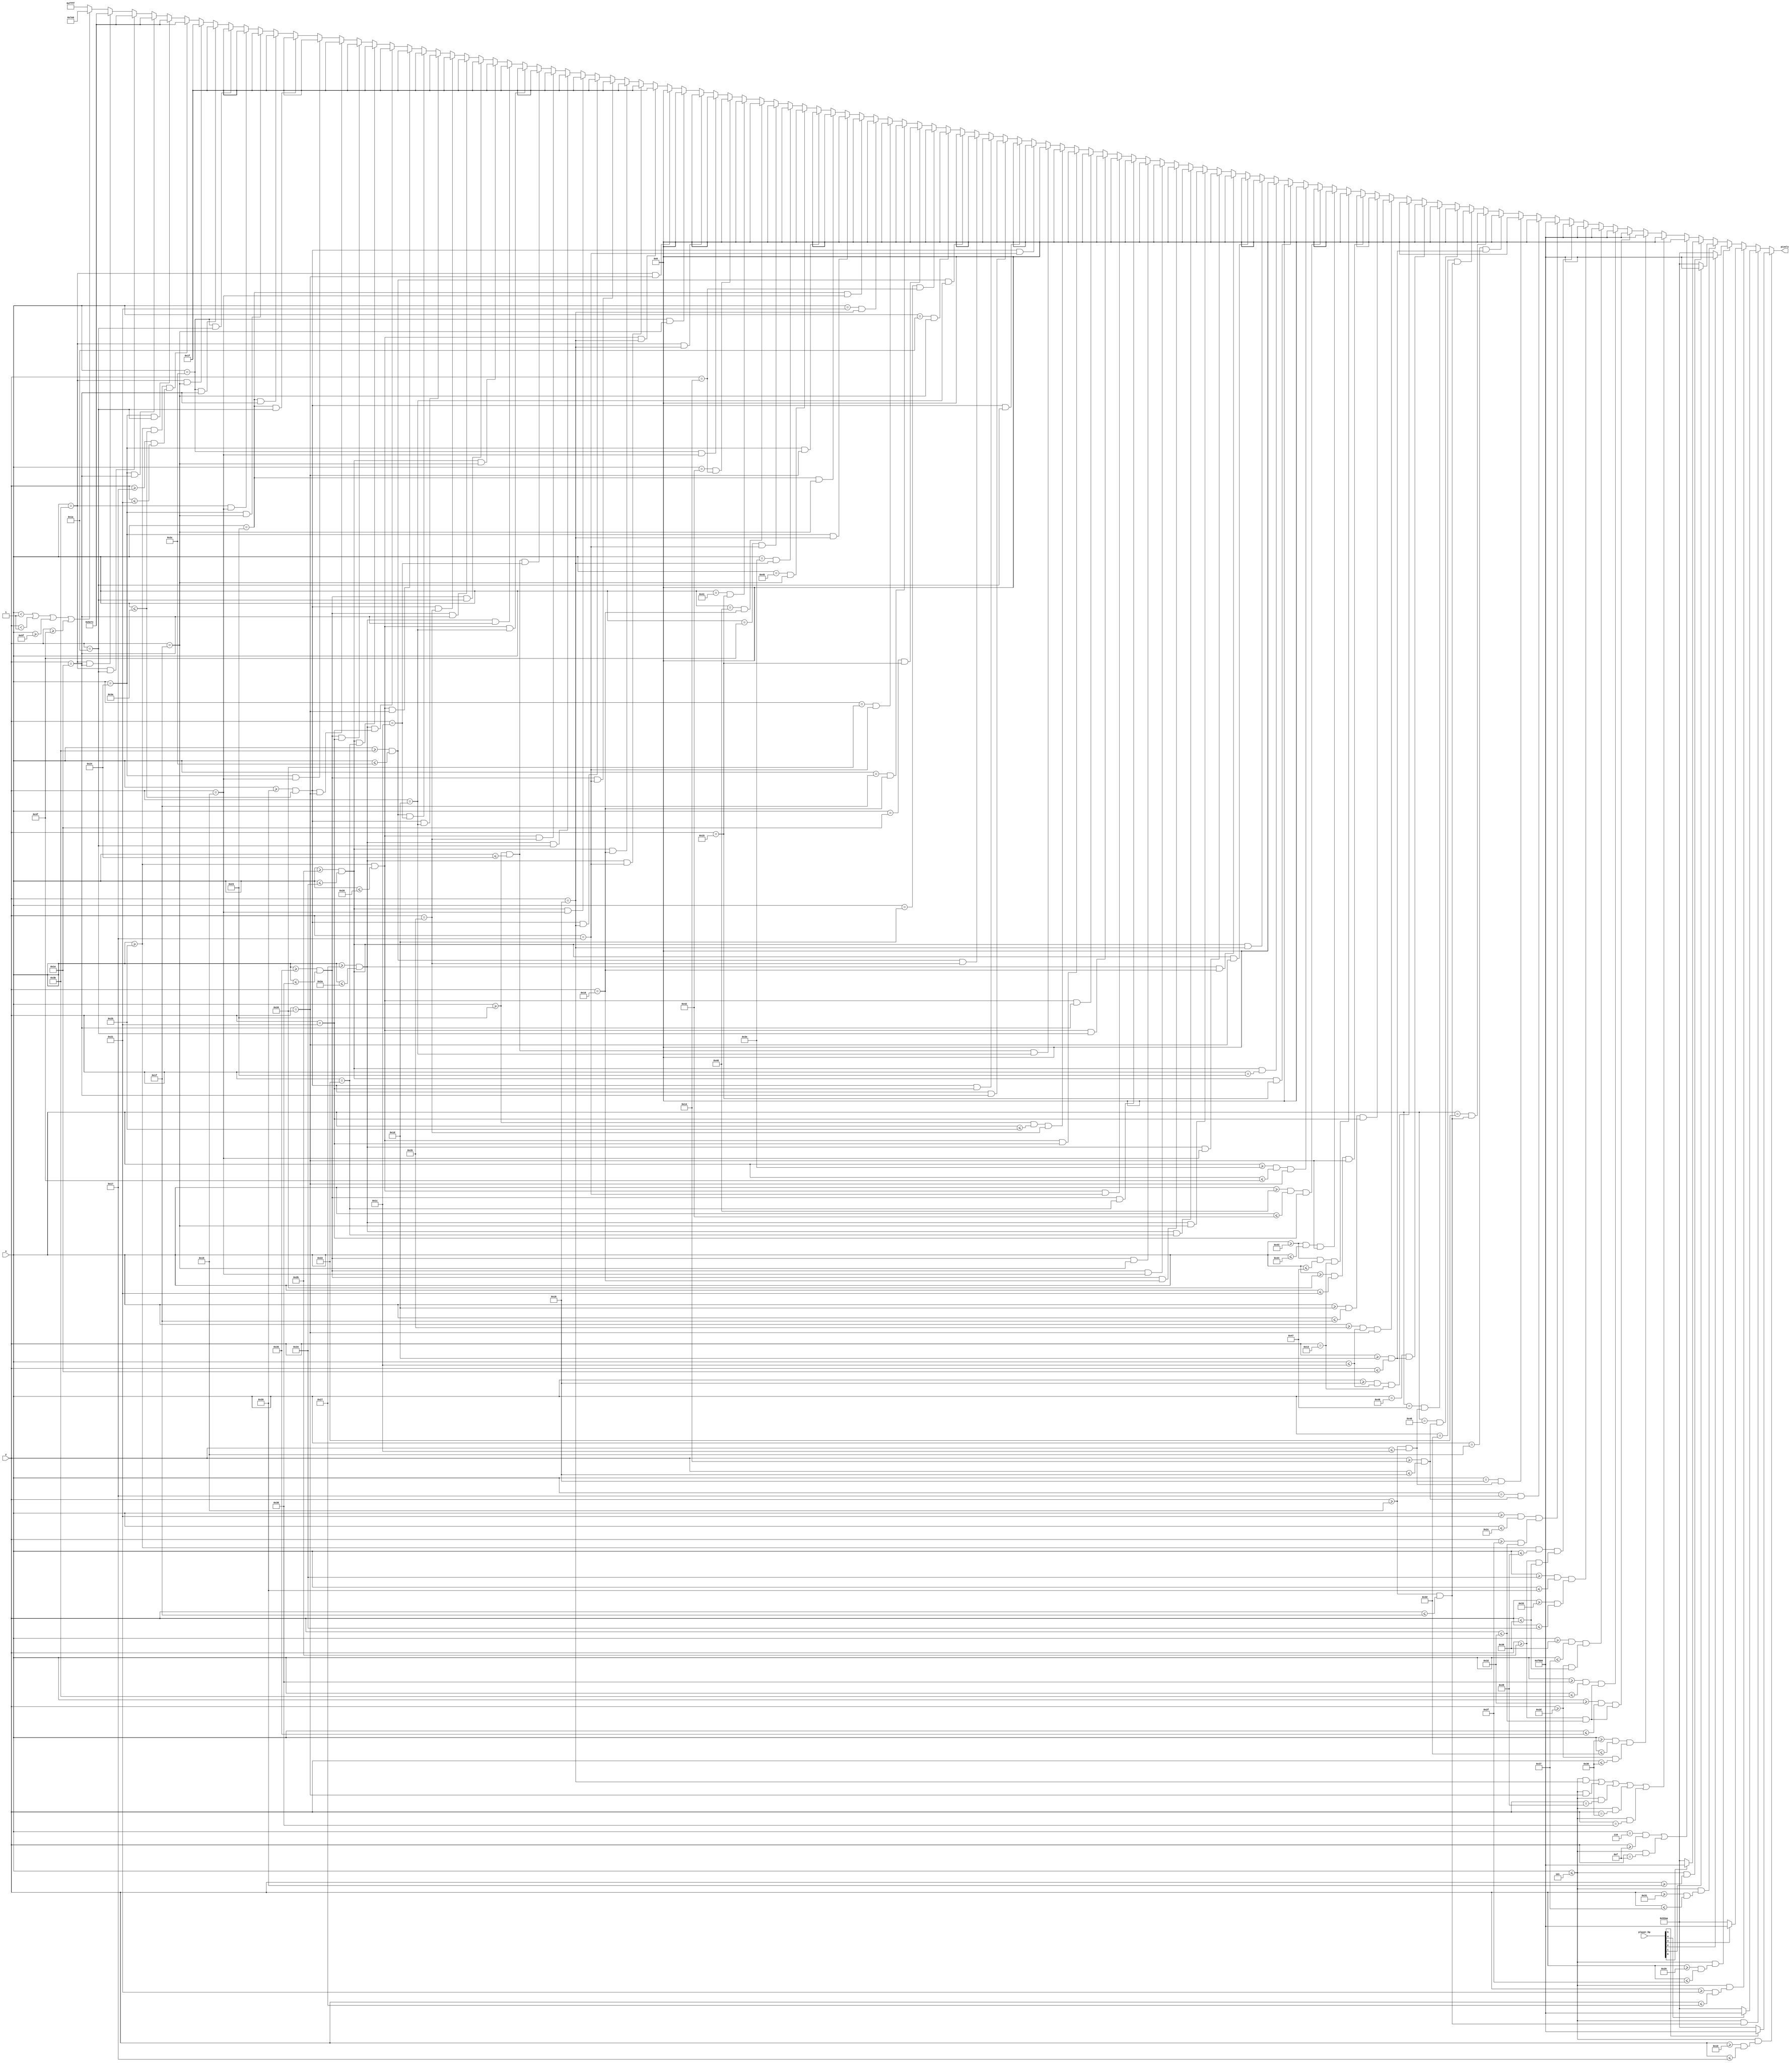
`timescale 1ns / 1ps
//////////////////////////////////////////////////////////////////////////////////
// Company: 
// Engineer: 
// 
// Design Name: 
// Module Name: treasure
// Project Name: 
// Target Devices: 
// Tool Versions: 
// Description: 
// 
// Dependencies: 
// 
// Revision:
// Revision 0.01 - File Created
// Additional Comments:
// 
//////////////////////////////////////////////////////////////////////////////////


module treasure(
    input [6:0] x,
    input [5:0] y,
    input [5:0] player_hp,
    output reg [15:0] pixels
    );
    
    always @ (*) begin
        // player hp
             if ((x <= 5) && (y >= 16 && y <= 23)) pixels = (player_hp[5]) ? 16'hF800 : 16'h52AA;
        else if ((x <= 5) && (y >= 25 && y <= 31)) pixels = (player_hp[4]) ? 16'hF800 : 16'h52AA;
        else if ((x <= 5) && (y >= 33 && y <= 39)) pixels = (player_hp[3]) ? 16'hF800 : 16'h52AA;
        else if ((x <= 5) && (y >= 41 && y <= 47)) pixels = (player_hp[2]) ? 16'hF800 : 16'h52AA;
        else if ((x <= 5) && (y >= 49 && y <= 55)) pixels = (player_hp[1]) ? 16'hF800 : 16'h52AA;
        else if ((x <= 5) && (y >= 57           )) pixels = (player_hp[0]) ? 16'hF800 : 16'h52AA;
        
        else if ((x == 6 && y >= 15) || (x <= 5 && y == 15)) pixels = 16'h0000;
        else if ((x <= 5 && y == 24) || (x <= 5 && y == 32) || (x <= 5 && y == 40) || (x <= 5 && y == 48) || (x <= 5 && y == 56)) pixels = 16'h0000;
   
//        Treasure screen
        
//        Heart red
        else if ((x >= 48 && x <= 61) && (y >= 45 && y <= 48)) pixels = 16'hF800;
        else if ((x >= 50 && x <= 53) && (y >= 43 && y <= 50)) pixels = 16'hF800;
        else if ((x >= 56 && x <= 59) && (y >= 43 && y <= 50)) pixels = 16'hF800;
        else if ((x >= 54 && x <= 55) && (y >= 45 && y <= 54)) pixels = 16'hF800;
        else if ((x >= 52 && x <= 57) && (y >= 51 && y <= 52)) pixels = 16'hF800;
        
//        Plus sign red
        else if ((x >= 37 && x <= 40) && (y >= 43 && y <= 54)) pixels = 16'hF800;
        else if ((x >= 33 && x <= 44) && (y >= 47 && y <= 50)) pixels = 16'hF800;
        
//        Mask black outline
        else if ((x == 23) && (y >= 20 && y <= 24))             pixels = 16'h0000;
        else if ((x == 24) && (y >= 25 && y <= 28))             pixels = 16'h0000;
        else if ((x == 25) && (y >= 29 && y <= 30))             pixels = 16'h0000;
        else if ((x == 34) && (y >= 25 && y <= 31))             pixels = 16'h0000;
        else if ((x == 61) && (y >= 25 && y <= 31))             pixels = 16'h0000;
        else if ((x == 72) && (y >= 20 && y <= 24))             pixels = 16'h0000;
        else if ((x == 71) && (y >= 25 && y <= 28))             pixels = 16'h0000;
        else if ((x == 70) && (y >= 29 && y <= 30))             pixels = 16'h0000;
        
        else if ((x >= 24 && x <= 28) && (y == 19))             pixels = 16'h0000;
        else if ((x >= 27 && x <= 28) && (y == 32))             pixels = 16'h0000;
        else if ((x >= 29 && x <= 31) && (y == 33))             pixels = 16'h0000;
        else if ((x >= 32 && x <= 33) && (y == 32))             pixels = 16'h0000;
        else if ((x >= 67 && x <= 71) && (y == 19))             pixels = 16'h0000;
        else if ((x >= 67 && x <= 68) && (y == 32))             pixels = 16'h0000;
        else if ((x >= 64 && x <= 66) && (y == 33))             pixels = 16'h0000;
        else if ((x >= 62 && x <= 63) && (y == 32))             pixels = 16'h0000;
        else if ((x >= 43 && x <= 52) && (y == 21))             pixels = 16'h0000;
        else if ((x >= 43 && x <= 52) && (y == 35))             pixels = 16'h0000;
        else if ((x >= 43 && x <= 52) && (y == 24))             pixels = 16'h0000;
        else if ((x >= 43 && x <= 52) && (y == 32))             pixels = 16'h0000;
        else if ((x >= 39 && x <= 42) && (y == 22))             pixels = 16'h0000;
        else if ((x >= 39 && x <= 42) && (y == 25))             pixels = 16'h0000;
        else if ((x >= 39 && x <= 42) && (y == 31))             pixels = 16'h0000;
        else if ((x >= 39 && x <= 42) && (y == 34))             pixels = 16'h0000;
        else if ((x >= 53 && x <= 56) && (y == 22))             pixels = 16'h0000;
        else if ((x >= 53 && x <= 56) && (y == 25))             pixels = 16'h0000;
        else if ((x >= 53 && x <= 56) && (y == 31))             pixels = 16'h0000;
        else if ((x >= 53 && x <= 56) && (y == 34))             pixels = 16'h0000;
        else if ((x >= 37 && x <= 38) && (y == 23))             pixels = 16'h0000;
        else if ((x >= 37 && x <= 38) && (y == 26))             pixels = 16'h0000;
        else if ((x >= 37 && x <= 38) && (y == 30))             pixels = 16'h0000;
        else if ((x >= 37 && x <= 38) && (y == 33))             pixels = 16'h0000;
        else if ((x >= 35 && x <= 37) && (y == 27))             pixels = 16'h0000;
        else if ((x >= 35 && x <= 36) && (y == 29))             pixels = 16'h0000;
        else if ((x >= 57 && x <= 58) && (y == 23))             pixels = 16'h0000;
        else if ((x >= 57 && x <= 58) && (y == 26))             pixels = 16'h0000;
        else if ((x >= 57 && x <= 58) && (y == 30))             pixels = 16'h0000;
        else if ((x >= 57 && x <= 58) && (y == 33))             pixels = 16'h0000;
        else if ((x >= 59 && x <= 60) && (y == 27))             pixels = 16'h0000;
        else if ((x >= 59 && x <= 60) && (y == 29))             pixels = 16'h0000;
        
        else if (x == 26 && y == 31)                            pixels = 16'h0000;
        else if (x == 29 && y == 20)                            pixels = 16'h0000;
        else if (x == 30 && y == 21)                            pixels = 16'h0000;
        else if (x == 31 && y == 22)                            pixels = 16'h0000;
        else if (x == 32 && y == 23)                            pixels = 16'h0000;
        else if (x == 33 && y == 24)                            pixels = 16'h0000;
        else if (x == 35 && y == 25)                            pixels = 16'h0000;
        else if (x == 36 && y == 24)                            pixels = 16'h0000;
        else if (x == 35 && y == 31)                            pixels = 16'h0000;
        else if (x == 36 && y == 32)                            pixels = 16'h0000;
        else if (x == 69 && y == 31)                            pixels = 16'h0000;
        else if (x == 62 && y == 24)                            pixels = 16'h0000;
        else if (x == 63 && y == 23)                            pixels = 16'h0000;
        else if (x == 64 && y == 22)                            pixels = 16'h0000;
        else if (x == 65 && y == 21)                            pixels = 16'h0000;
        else if (x == 66 && y == 20)                            pixels = 16'h0000;
        else if (x == 60 && y == 25)                            pixels = 16'h0000;
        else if (x == 59 && y == 24)                            pixels = 16'h0000;
        else if (x == 60 && y == 31)                            pixels = 16'h0000;
        else if (x == 59 && y == 32)                            pixels = 16'h0000;
        
//        Mask dark blue
        else if ((x >= 37 && x <= 38) && (y == 24))             pixels = 16'h001F;
        else if ((x >= 39 && x <= 42) && (y == 23))             pixels = 16'h001F;
        else if ((x >= 43 && x <= 52) && (y == 22))             pixels = 16'h001F;
        else if ((x >= 53 && x <= 56) && (y == 23))             pixels = 16'h001F;
        else if ((x >= 57 && x <= 58) && (y == 24))             pixels = 16'h001F;
        else if ((x >= 43 && x <= 52) && (y == 25))             pixels = 16'h001F;
        else if ((x >= 39 && x <= 42) && (y == 26))             pixels = 16'h001F;
        else if ((x >= 37 && x <= 38) && (y == 27))             pixels = 16'h001F;
        else if ((x >= 35 && x <= 36) && (y == 28))             pixels = 16'h001F;
        else if ((x >= 37 && x <= 38) && (y == 29))             pixels = 16'h001F;
        else if ((x >= 39 && x <= 42) && (y == 30))             pixels = 16'h001F;
        else if ((x >= 43 && x <= 52) && (y == 31))             pixels = 16'h001F;
        else if ((x >= 53 && x <= 56) && (y == 26))             pixels = 16'h001F;
        else if ((x >= 53 && x <= 56) && (y == 30))             pixels = 16'h001F;
        else if ((x >= 57 && x <= 58) && (y == 27))             pixels = 16'h001F;
        else if ((x >= 57 && x <= 58) && (y == 29))             pixels = 16'h001F;
        else if ((x >= 59 && x <= 60) && (y == 28))             pixels = 16'h001F;
        else if ((x >= 37 && x <= 38) && (y == 32))             pixels = 16'h001F;
        else if ((x >= 39 && x <= 42) && (y == 33))             pixels = 16'h001F;
        else if ((x >= 43 && x <= 52) && (y == 34))             pixels = 16'h001F;
        else if ((x >= 53 && x <= 56) && (y == 33))             pixels = 16'h001F;
        else if ((x >= 57 && x <= 58) && (y == 32))             pixels = 16'h001F;
        
        else if (x == 36 && y == 25)                            pixels = 16'h001F;
        else if (x == 35 && y == 26)                            pixels = 16'h001F;
        else if (x == 35 && y == 30)                            pixels = 16'h001F;
        else if (x == 36 && y == 31)                            pixels = 16'h001F;
        else if (x == 59 && y == 25)                            pixels = 16'h001F;
        else if (x == 60 && y == 26)                            pixels = 16'h001F;
        else if (x == 60 && y == 30)                            pixels = 16'h001F;
        else if (x == 59 && y == 31)                            pixels = 16'h001F;
        
//        Mask light blue
        else if ((x >= 37 && x <= 58) && (y >= 23 && y <= 33))  pixels = 16'h5E7C;
        else if (x == 36 && y == 26)                            pixels = 16'h5E7C;
        else if (x == 36 && y == 30)                            pixels = 16'h5E7C;
        else if (x == 59 && y == 26)                            pixels = 16'h5E7C;
        else if (x == 59 && y == 30)                            pixels = 16'h5E7C;
   
        else if (x < 1 || y < 1 || x >= 95 || y >= 63)          pixels = 16'h07E0;
        else pixels = 16'hFFFF;
    end
    
    
    
endmodule